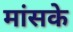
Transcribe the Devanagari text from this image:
मांसके